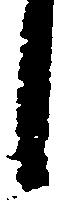
し